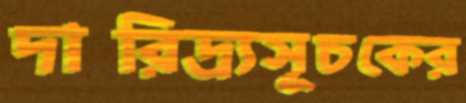
দারিদ্র্যসূচকের